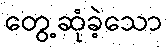
တွေ့ဆုံခဲ့သော